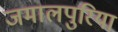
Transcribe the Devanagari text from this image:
जमालपुरिया